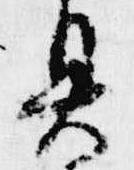
具